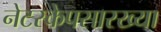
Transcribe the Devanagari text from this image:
नेटस्केपसारख्या